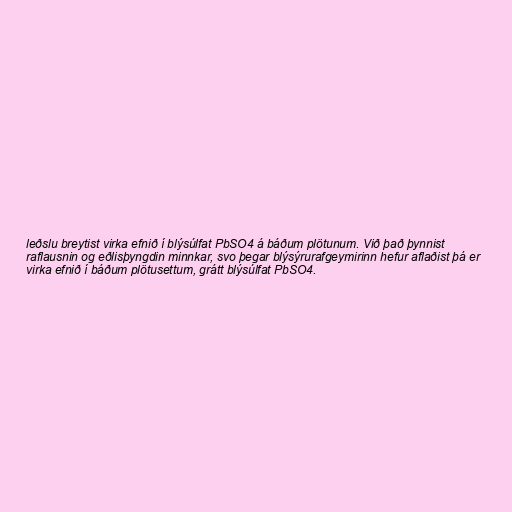
leðslu breytist virka efnið í blýsúlfat PbSO4 á báðum plötunum. Við það þynnist
raflausnin og eðlisþyngdin minnkar, svo þegar blýsýrurafgeymirinn hefur aflaðist þá er
virka efnið í báðum plötusettum, grátt blýsúlfat PbSO4.